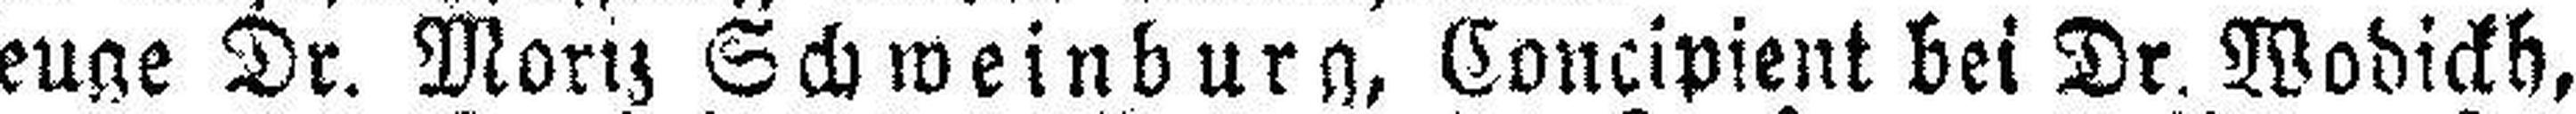
Zeuge Dr. Moriz Schweinburg, Concipient bei Dr. Wodickh,